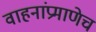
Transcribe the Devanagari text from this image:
वाहनांप्रमाणेच